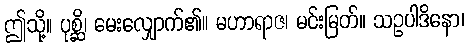
ဤသို့။ ပုစ္ဆိ၊ မေးလျှောက်၏။ မဟာရာဇ၊ မင်းမြတ်။ သဥပါဒိနော၊